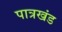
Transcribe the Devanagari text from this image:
पात्रखंड